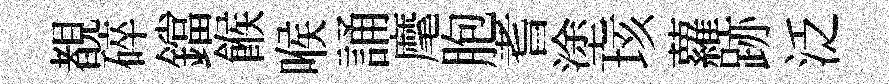
覩碎鐺餱喉誦麾胞耆塗垓蘿跡泛